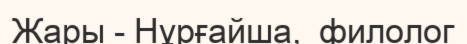
Жары - Нұрғайша,  филолог